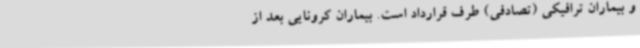
و بیماران ترافیکی (تصادفی) طرف قرارداد است. بیماران کرونایی بعد از